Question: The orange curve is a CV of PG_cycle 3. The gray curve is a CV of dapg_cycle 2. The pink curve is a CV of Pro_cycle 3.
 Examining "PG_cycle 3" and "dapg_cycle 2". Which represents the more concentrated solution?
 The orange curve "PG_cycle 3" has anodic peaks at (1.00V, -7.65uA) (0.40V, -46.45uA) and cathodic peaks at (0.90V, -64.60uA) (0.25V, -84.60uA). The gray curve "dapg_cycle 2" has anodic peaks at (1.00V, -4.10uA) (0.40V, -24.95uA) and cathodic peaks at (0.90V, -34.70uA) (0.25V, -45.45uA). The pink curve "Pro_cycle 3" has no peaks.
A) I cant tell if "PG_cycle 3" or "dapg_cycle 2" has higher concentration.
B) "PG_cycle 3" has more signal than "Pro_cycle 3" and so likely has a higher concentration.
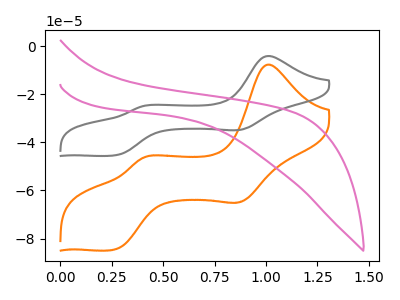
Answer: <think>All the peaks in "PG_cycle 3" have a peak in "dapg_cycle 2" at the same potential.
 </think>
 <answer>A) I cant tell if "PG_cycle 3" or "dapg_cycle 2" has higher concentration.</answer>
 <eval>A</eval>